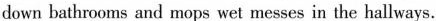
down bathrooms and mops wet messes in the hallways.